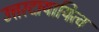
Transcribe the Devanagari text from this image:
उत्तरदायायित्व